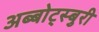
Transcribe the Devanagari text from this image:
अब्बोट्स्बुरी